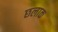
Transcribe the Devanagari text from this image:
छलाक